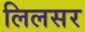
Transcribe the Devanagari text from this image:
लिलसर